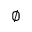
\emptyset